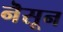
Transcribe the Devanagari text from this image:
नॆसून